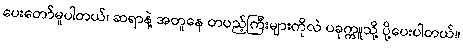
ပေးတော်မူပါတယ်၊ ဆရာနဲ့ အတူနေ တပည့်ကြီးများကိုလဲ ပခုက္ကူသို့ ပို့ပေးပါတယ်။